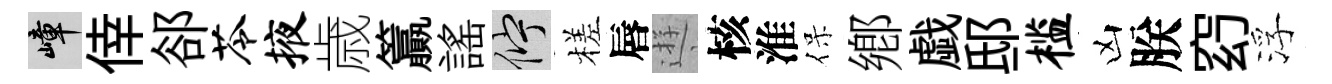
嶂倖郤苓掖歳籯謡伫槎唇逰核淮保鄕戯邸槛凶朕𥥆浮